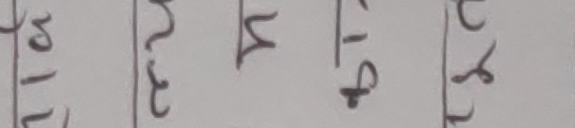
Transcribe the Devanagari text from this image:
लिज वास्ता क्षमा